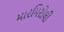
મારમિરોલી